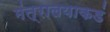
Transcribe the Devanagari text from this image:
मंत्रालयाकडं